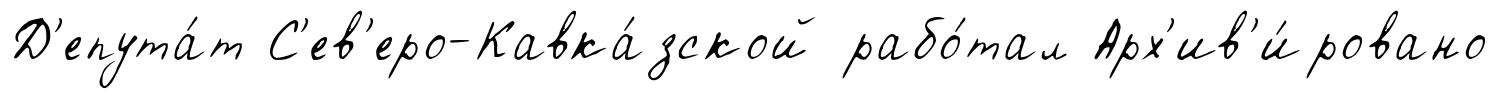
Д'епута́т С'ев'еро-Кавка́зской рабо́тал Арх'ив'и́ровано